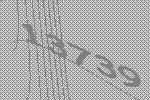
13739